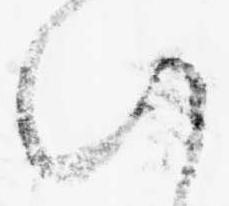
い